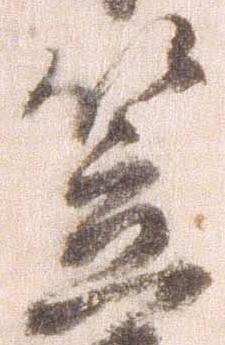
笠